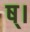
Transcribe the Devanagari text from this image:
ष्।